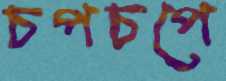
চপচপে